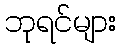
ဘုရင်များ